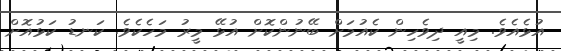
އުޅެއެވެ. މިއީ ދިވެހިން ކެއުމަށް ބޭނުންކޮށް އުޅޭ މީރު މަހެކެވެ. ކަނޑު ކަޅުއޮށް